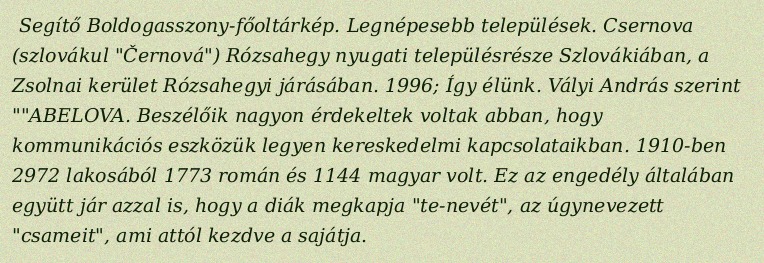
Segítő Boldogasszony-főoltárkép. Legnépesebb települések. Csernova (szlovákul "Černová") Rózsahegy nyugati településrésze Szlovákiában, a Zsolnai kerület Rózsahegyi járásában. 1996; Így élünk. Vályi András szerint ""ABELOVA. Beszélőik nagyon érdekeltek voltak abban, hogy kommunikációs eszközük legyen kereskedelmi kapcsolataikban. 1910-ben 2972 lakosából 1773 román és 1144 magyar volt. Ez az engedély általában együtt jár azzal is, hogy a diák megkapja "te-nevét", az úgynevezett "csameit", ami attól kezdve a sajátja.